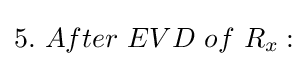
\textstyle 5.\ After\ EVD\ of\ R_{x}: